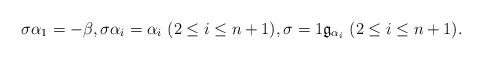
LaTeX: \begin{align*}&\sigma\alpha_{1}=-\beta,\sigma\alpha_{i}=\alpha_{i}\ (2\leq i\leq n+1),\sigma=1\frak{g}_{\alpha_i}\ (2\leq i\leq n+1).\end{align*}